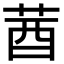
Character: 莤